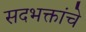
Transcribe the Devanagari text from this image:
सदभक्तांचे